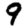
Digit: 9